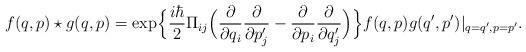
LaTeX: \begin{align*}f(q,p)\star g(q,p)={\rm exp}\Big\{\frac{i \hbar}{2} \Pi_{ij}\Big(\frac{\partial}{\partial q_i}\frac{\partial}{\partial p_j'}-\frac{\partial}{\partial p_i}\frac{\partial}{\partial q_j'}\Big)\Big\}f(q,p)g(q',p')|_{q=q',p=p'}.\end{align*}